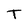
Character: T